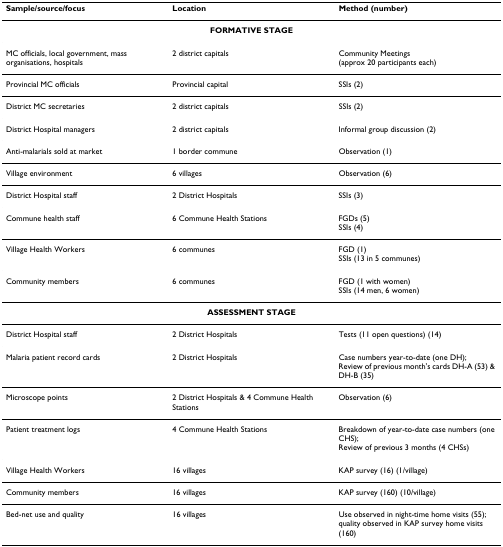
<table><thead><tr><td><b>Sample/source/focus</b></td><td><b>Location</b></td><td><b>Method (number)</b></td></tr></thead><tbody><tr><td colspan="3"><b>FORMATIVE STAGE</b></td></tr><tr><td>MC officials, local government, mass organisations, hospitals</td><td>2 district capitals</td><td>Community Meetings (approx 20 participants each)</td></tr><tr><td>Provincial MC officials</td><td>Provincial capital</td><td>SSIs (2)</td></tr><tr><td>District MC secretaries</td><td>2 district capitals</td><td>SSIs (2)</td></tr><tr><td>District Hospital managers</td><td>2 district capitals</td><td>Informal group discussion (2)</td></tr><tr><td>Anti-malarials sold at market</td><td>1 border commune</td><td>Observation (1)</td></tr><tr><td>Village environment</td><td>6 villages</td><td>Observation (6)</td></tr><tr><td>District Hospital staff</td><td>2 District Hospitals</td><td>SSIs (3)</td></tr><tr><td>Commune health staff</td><td>6 Commune Health Stations</td><td>FGDs (5)SSIs (4)</td></tr><tr><td>Village Health Workers</td><td>6 communes</td><td>FGD (1)SSIs (13 in 5 communes)</td></tr><tr><td>Community members</td><td>6 communes</td><td>FGD (1 with women)SSIs (14 men, 6 women)</td></tr><tr><td colspan="3"><b>ASSESSMENT STAGE</b></td></tr><tr><td>District Hospital staff</td><td>2 District Hospitals</td><td>Tests (11 open questions) (14)</td></tr><tr><td>Malaria patient record cards</td><td>2 District Hospitals</td><td>Case numbers year-to-date (one DH);Review of previous month&#x27;s cards DH-A (53) &amp; DH-B (35)</td></tr><tr><td>Microscope points</td><td>2 District Hospitals &amp; 4 Commune Health Stations</td><td>Observation (6)</td></tr><tr><td>Patient treatment logs</td><td>4 Commune Health Stations</td><td>Breakdown of year-to-date case numbers (one CHS);Review of previous 3 months (4 CHSs)</td></tr><tr><td>Village Health Workers</td><td>16 villages</td><td>KAP survey (16) (1/village)</td></tr><tr><td>Community members</td><td>16 villages</td><td>KAP survey (160) (10/village)</td></tr><tr><td>Bed-net use and quality</td><td>16 villages</td><td>Use observed in night-time home visits (55); quality observed in KAP survey home visits (160)</td></tr></tbody></table>